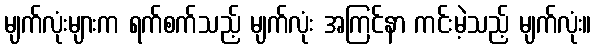
မျက်လုံးများက ရက်စက်သည့် မျက်လုံး အကြင်နာ ကင်းမဲ့သည့် မျက်လုံး။